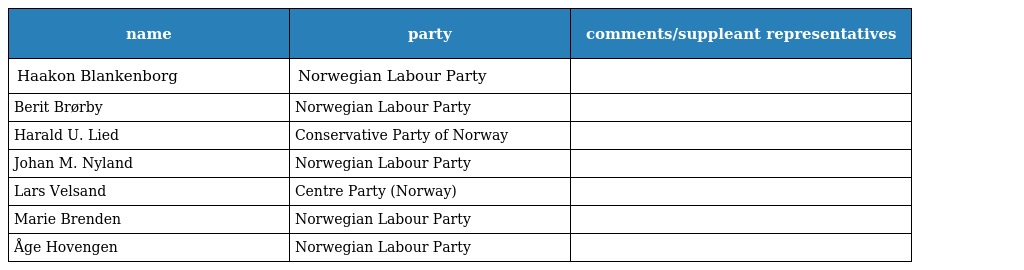
| name | party | comments/suppleant representatives |
 | --- | --- | --- |
 | Haakon Blankenborg | Norwegian Labour Party |  |
 | Berit Brørby | Norwegian Labour Party |  |
 | Harald U. Lied | Conservative Party of Norway |  |
 | Johan M. Nyland | Norwegian Labour Party |  |
 | Lars Velsand | Centre Party (Norway) |  |
 | Marie Brenden | Norwegian Labour Party |  |
 | Åge Hovengen | Norwegian Labour Party |  |